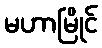
မဟာမြိုင်